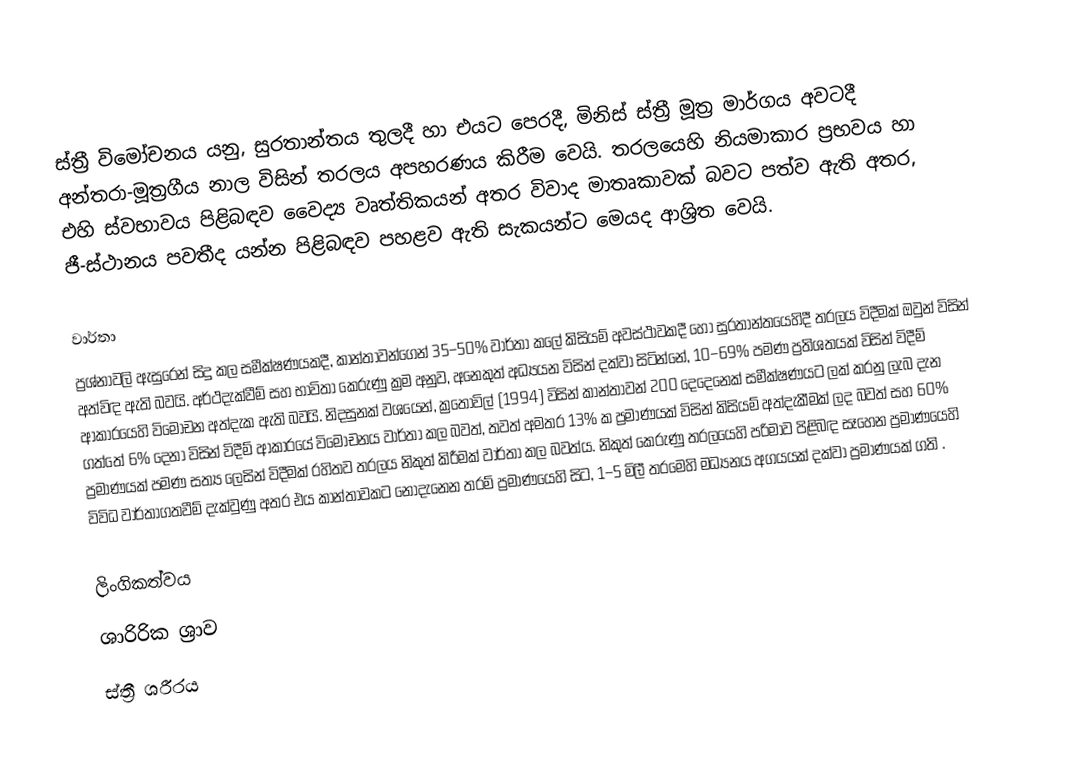
ස්ත්‍රී විමෝචනය යනු, සුරතාන්තය  තුලදී හා එයට පෙරදී, මිනිස් ස්ත්‍රී මූත්‍ර මාර්ගය අවටදී අන්තරා-මූත්‍රගීය නාල විසින් තරලය අපහරණය කිරීම වෙයි. තරලයෙහි නියමාකාර ප්‍රභවය හා එහි ස්වභාවය පිළිබඳව වෛද්‍ය වෘත්තිකයන් අතර විවාද මාතෘකාවක් බවට පත්ව ඇති අතර, ජී-ස්ථානය පවතීද යන්න පිළිබඳව පහළව ඇති සැකයන්ට මෙයද ආශ්‍රිත වෙයි.

වාර්තා
ප්‍රශ්නාවලි ඇසුරෙන් සිදු කල සමීක්ෂණයකදී, කාන්තාවන්ගෙන් 35–50% වාර්තා කලේ කිසියම් අවස්ථාවකදී හෝ සුරතාන්තයෙහිදී තරලය විදීමක් ඔවුන් විසින් අත්විඳ ඇති බවයි.  අර්ථදැක්වීම් සහ භාවිතා කෙරුණු ක්‍රම අනුව, අනෙකුත් අධ්‍යයන විසින් දක්වා සිටින්නේ, 10–69% පමණ ප්‍රතිශතයක් විසින් විදීම් ආකාරයෙහි විමෝචන අත්දැක ඇති බවයි.  නිදසුනක් වශයෙන්, ක්‍රතෝවිල් (1994) විසින් කාන්තාවන් 200 දෙදෙනෙක් සමීක්ෂණයට ලක් කරනු ලැබ දැන ගත්තේ 6% දෙනා විසින් විදීම් ආකාරයේ විමෝචනය වාර්තා කල බවත්, තවත් අමතර  13% ක ප්‍රමාණයක් විසින් කිසියම් අත්දැකීමක් ලද බවත් සහ  60% ප්‍රමාණයක් පමණ  සත්‍ය ලෙසින් විදීමක් රහිතව තරලය නිකුත් කිරීමක් වාර්තා කල බවත්ය.  නිකුත් කෙරුණු තරලයෙහි පරිමාව පිළිබඳ සෑහෙන ප්‍රමාණයෙහි විවිධ වාර්තාගතවීම් දැක්වුණු අතර  එය කාන්තාවකට නොදැනෙන තරම් ප්‍රමාණයෙහි සිට, 1–5 මිලී තරමෙහි මධ්‍යනය අගයයක් දක්වා ප්‍රමාණයක් ගති .

ලිංගිකත්වය
ශාරිරික ශ්‍රාව
ස්ත්‍රී ශරීරය